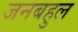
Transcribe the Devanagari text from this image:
जनबहुल